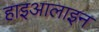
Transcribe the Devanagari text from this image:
हाइआलाइन